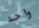
واحد